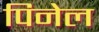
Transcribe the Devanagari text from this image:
पिनेल